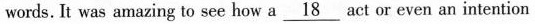
words. It was amazing to see how a \underline{18} act or even an intention